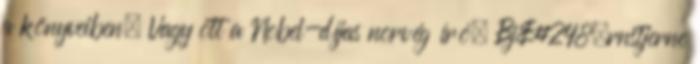
a könyveiben. Vagy ott a Nobel-díjas norvég író, Bj&#248;rnstjerne